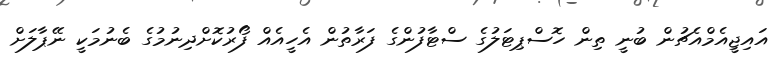
އައިޖީއެމްއެޗުން ބުނީ ތިން ހޮސްޕިޓަލުގެ ސްޓާފުންގެ ފަރާތުން އެހީއެއް ފޯރުކޮށްދިނުމުގެ ބެނުމަކީ ނޭޕާލަށް